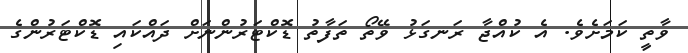
ވާތީ ކަމަށެވެ. އެ ކުއްޖާ ރަނގަޅު ވޭތޯ ތަފާތު ޑޮކްޓަރުންނަށް ދައްކައި ޑޮކްޓަރުންގެ